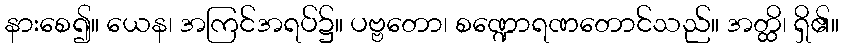
နားစေ၍။ ယေန၊ အကြင်အရပ်၌။ ပဗ္ဗတော၊ စဏ္ဍောရဏတောင်သည်။ အတ္ထိ၊ ရှိ၏။